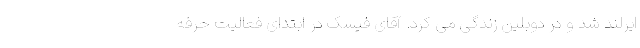
ایرلند شد و در دوبلین زندگی می کرد. آقای فیسک در ابتدای فعالیت حرفه